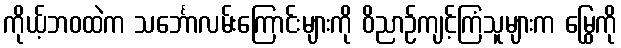
ကိုယ့်ဘဝထဲက သင်္ဘောလမ်းကြောင်းများကို ဝိညာဉ်ကျင့်ကြံသူများက မြွေကို